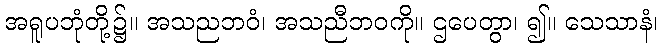
အရူပဘုံတို့၌။ အသညဘဝံ၊ အသညီဘဝကို။ ဌပေတွာ၊ ၍။ သေသာနံ၊